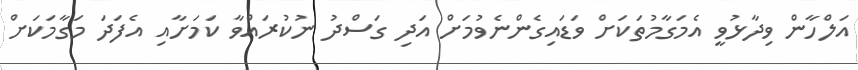
އަލްހާން ވިދާޅުވީ އެމަގާމުތަކަށް ވަޑައިގެންނެވުމަށް އަދި ގަސްދު ނުކުރައްވާ ކަމަށާއި އެފަދަ މަގާމަކަށް